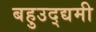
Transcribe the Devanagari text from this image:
बहुउद्द्यमी